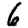
Digit: 6